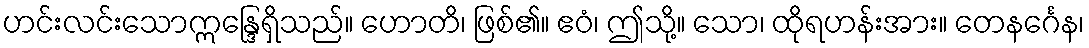
ဟင်းလင်းသောဣန္ဒြေရှိသည်။ ဟောတိ၊ ဖြစ်၏။ ဧဝံ၊ ဤသို့။ သော၊ ထိုရဟန်းအား။ တေနင်္ဂေန၊